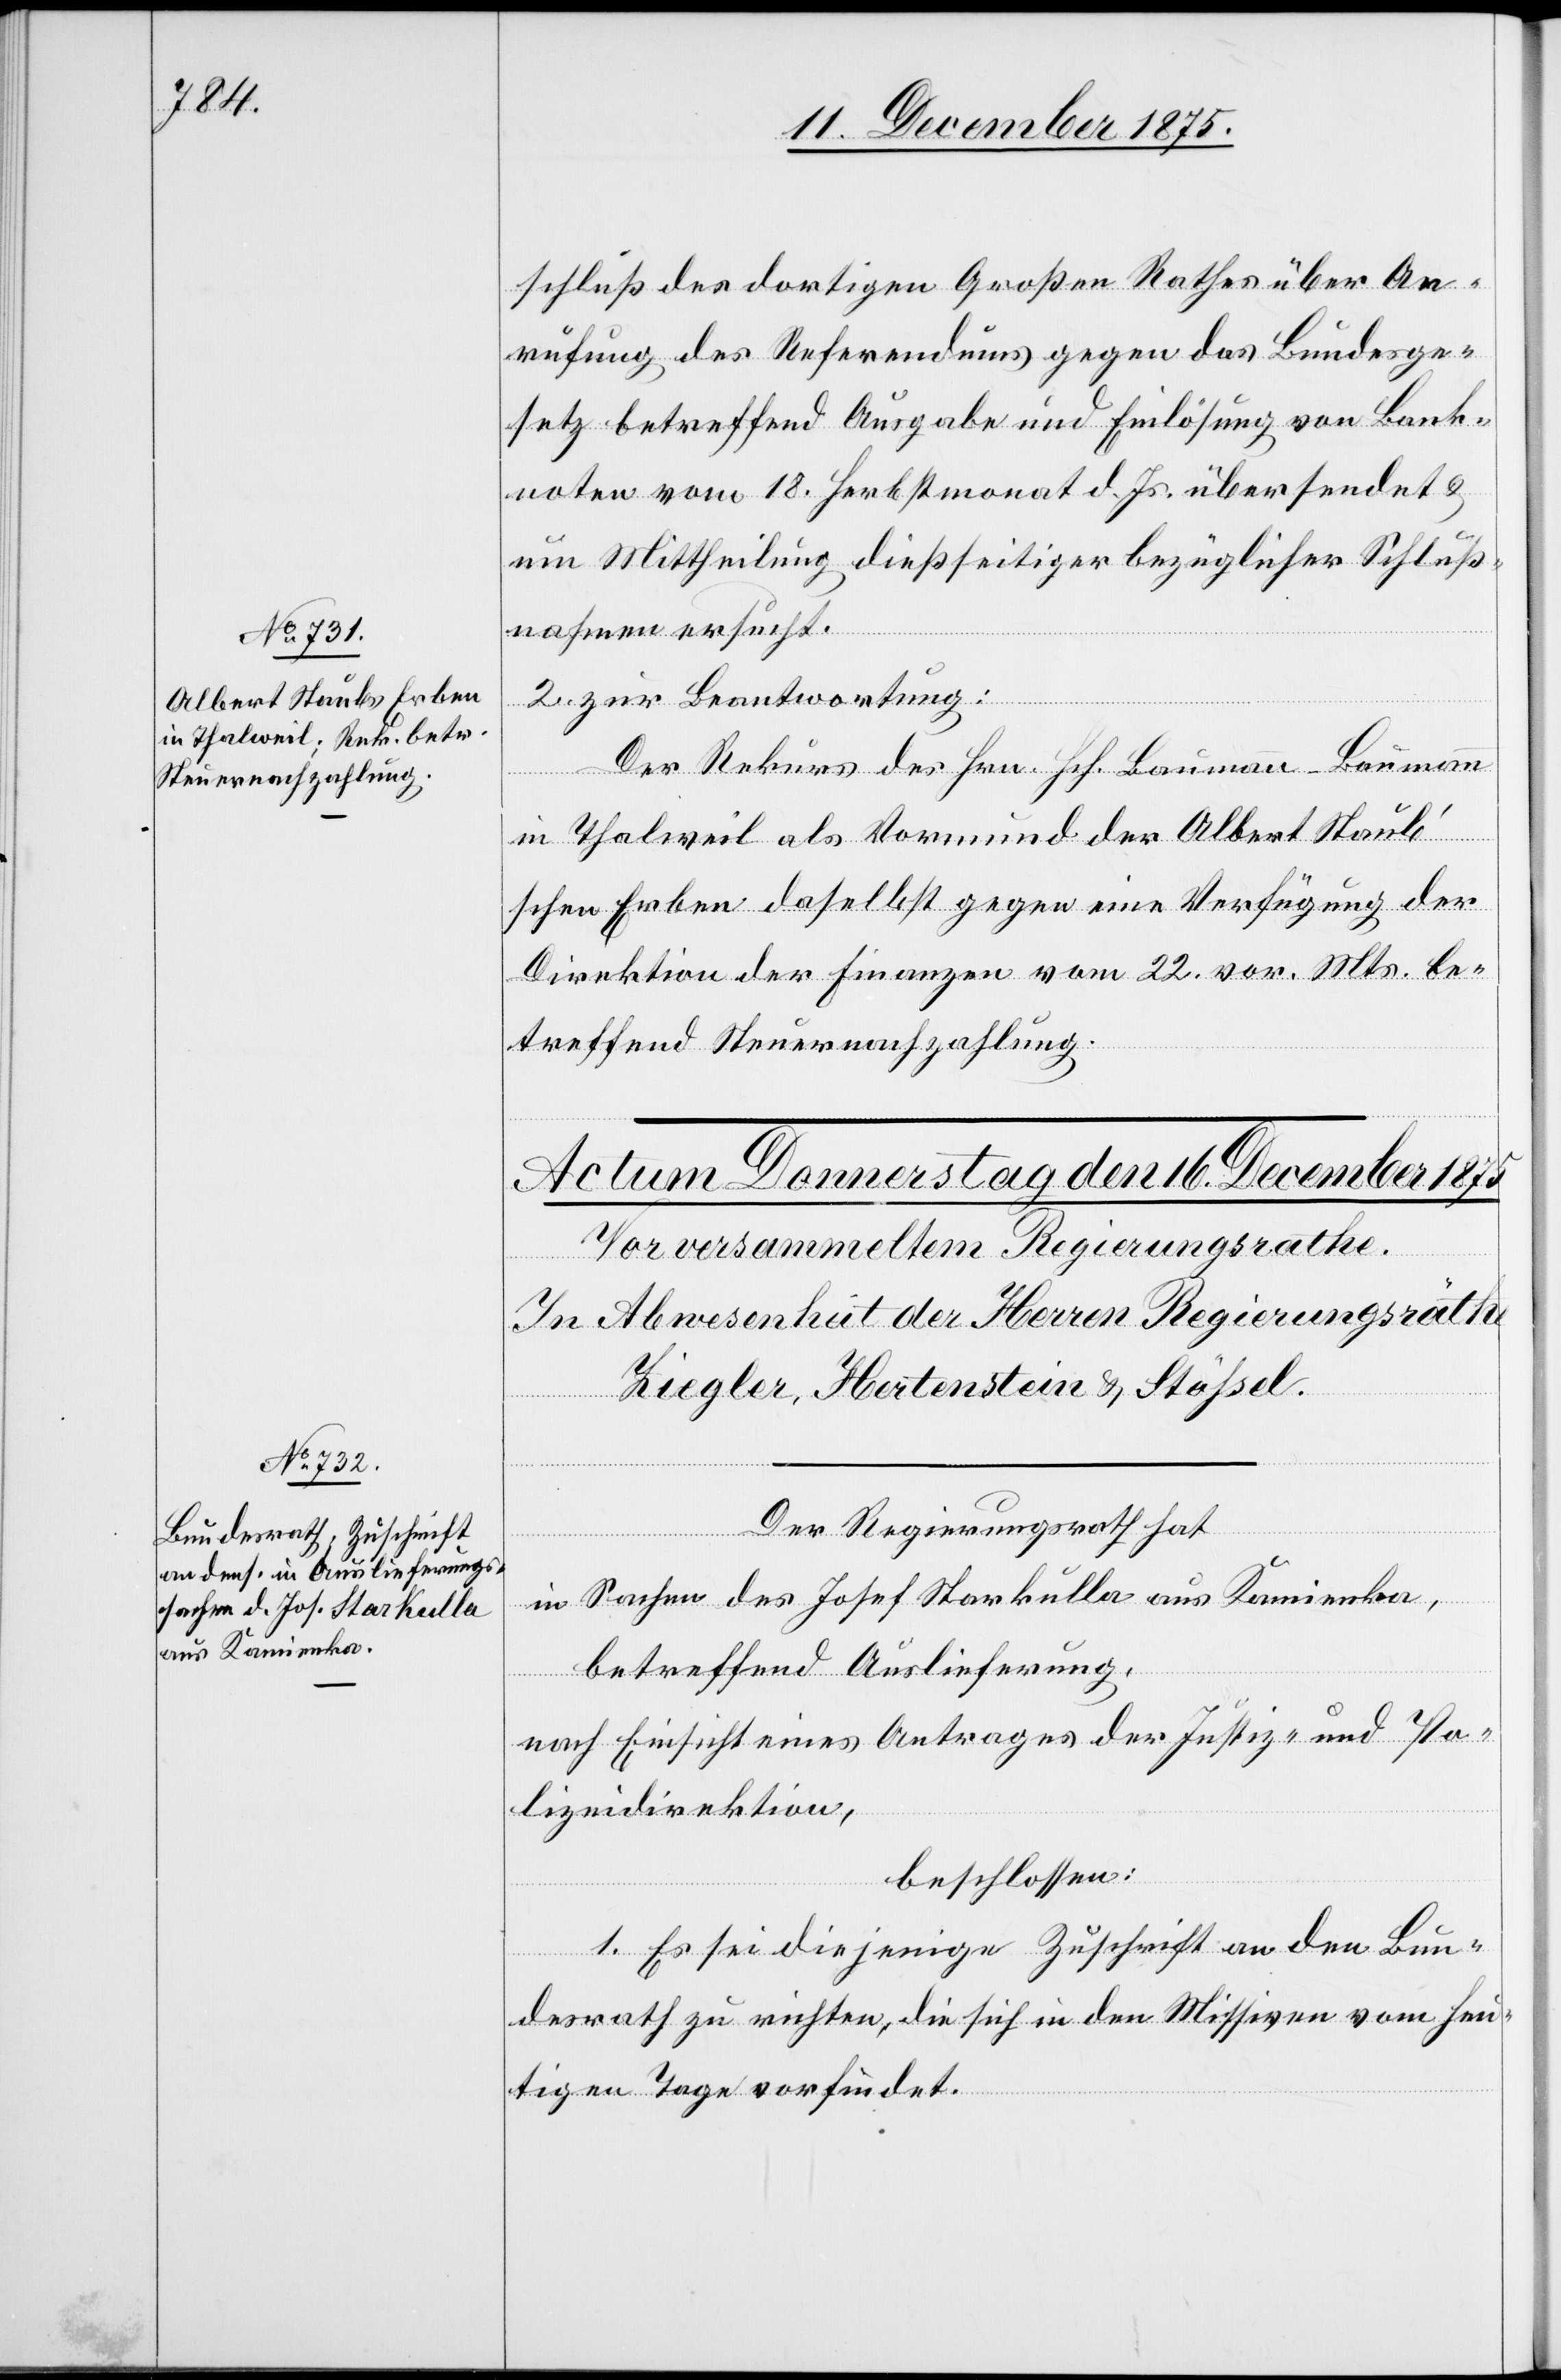
15. December 1875.]
schluß des dortigen Großen Rathes über An¬
rufung des Referendums gegen das Bundesge¬
setz betreffend Ausgabe und Einlösung von Bank¬
noten vom 18. Herbstmonat d. Js. übersendet &
um Mittheilung dießseitiger bezüglicher Schluß¬
nahmen ersucht.
2. zur Beantwortung:
Der Rekurs des Hrn. Hch. Baumann-Baumann
in Thalweil als Vormund der Albert Staub’s¬
chen Erben daselbst gegen eine Verfügung der
Direktion der Finanzen vom 22. vor. Mts. be¬
treffend Steuernachzahlung.
l-Verfügungen
Der Regierungsrath hat,
in Sachen des Josef Starkulla aus Kamienka,
betreffend Auslieferung,
nach Einsicht eines Antrages der Justiz- und Po¬
lizeidirektion,
beschlossen:
1. Es sei diejenige Zuschrift an den Bun¬
desrath zu richten, die sich in den Missiven vom heu¬
tigen Tage vorfindet.